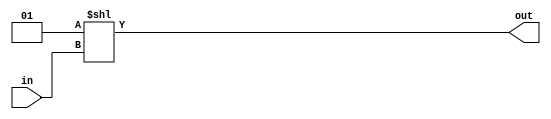
module decodor_v6
	(
		input wire [1:0] in,
		output wire [3:0] out 
	);

assign out = 1 << in; 
	// prin shiftare
	// 1<<0 == 1 == 4'b0001; 
	// 1<<1 == 2 == 4'b0010; 
	// 1<<2 == 4 == 4'b0100; 
	// 1<<3 == 8 == 4'b1000; 

endmodule